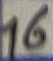
Text: 16